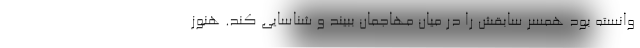
وانسته بود همسر سابقش را در میان مهاجمان ببیند و شناسایی کند. هنوز